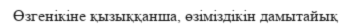
Өзгенiкiне қызыққанша, өзiмiздiкiн дамытайық